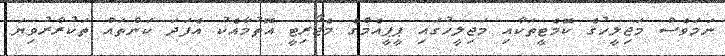
ނަމަވެސް މަޖިލީހުގެ ކޮމެޓީތަކާއި މަޖިލީހުގައި ޕީޕީއެމްގެ މެޖޯރިޓީ އޮތުމާއެކު އެފަދަ ކަންތައް ތަކުރާރުވިޔަ